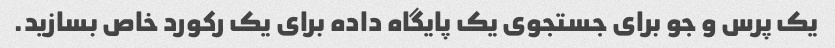
یک پرس و جو برای جستجوی یک پایگاه داده برای یک رکورد خاص بسازید.